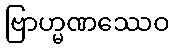
ဗြာဟ္မဏဿေဝ